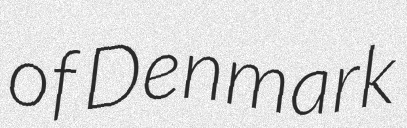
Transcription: of Denmark